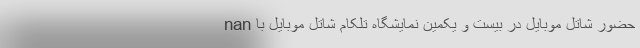
nan حضور شاتل موبایل در بیست و یکمین نمایشگاه تلکام شاتل موبایل با